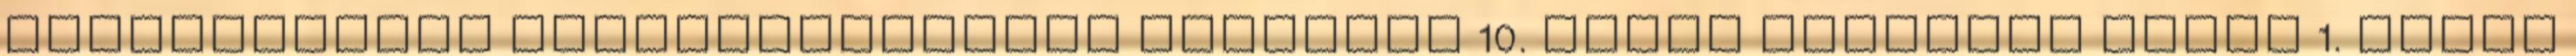
időpontjának meghatározására javaslat 10. Egyéb aktuális ügyek 1. Helyi